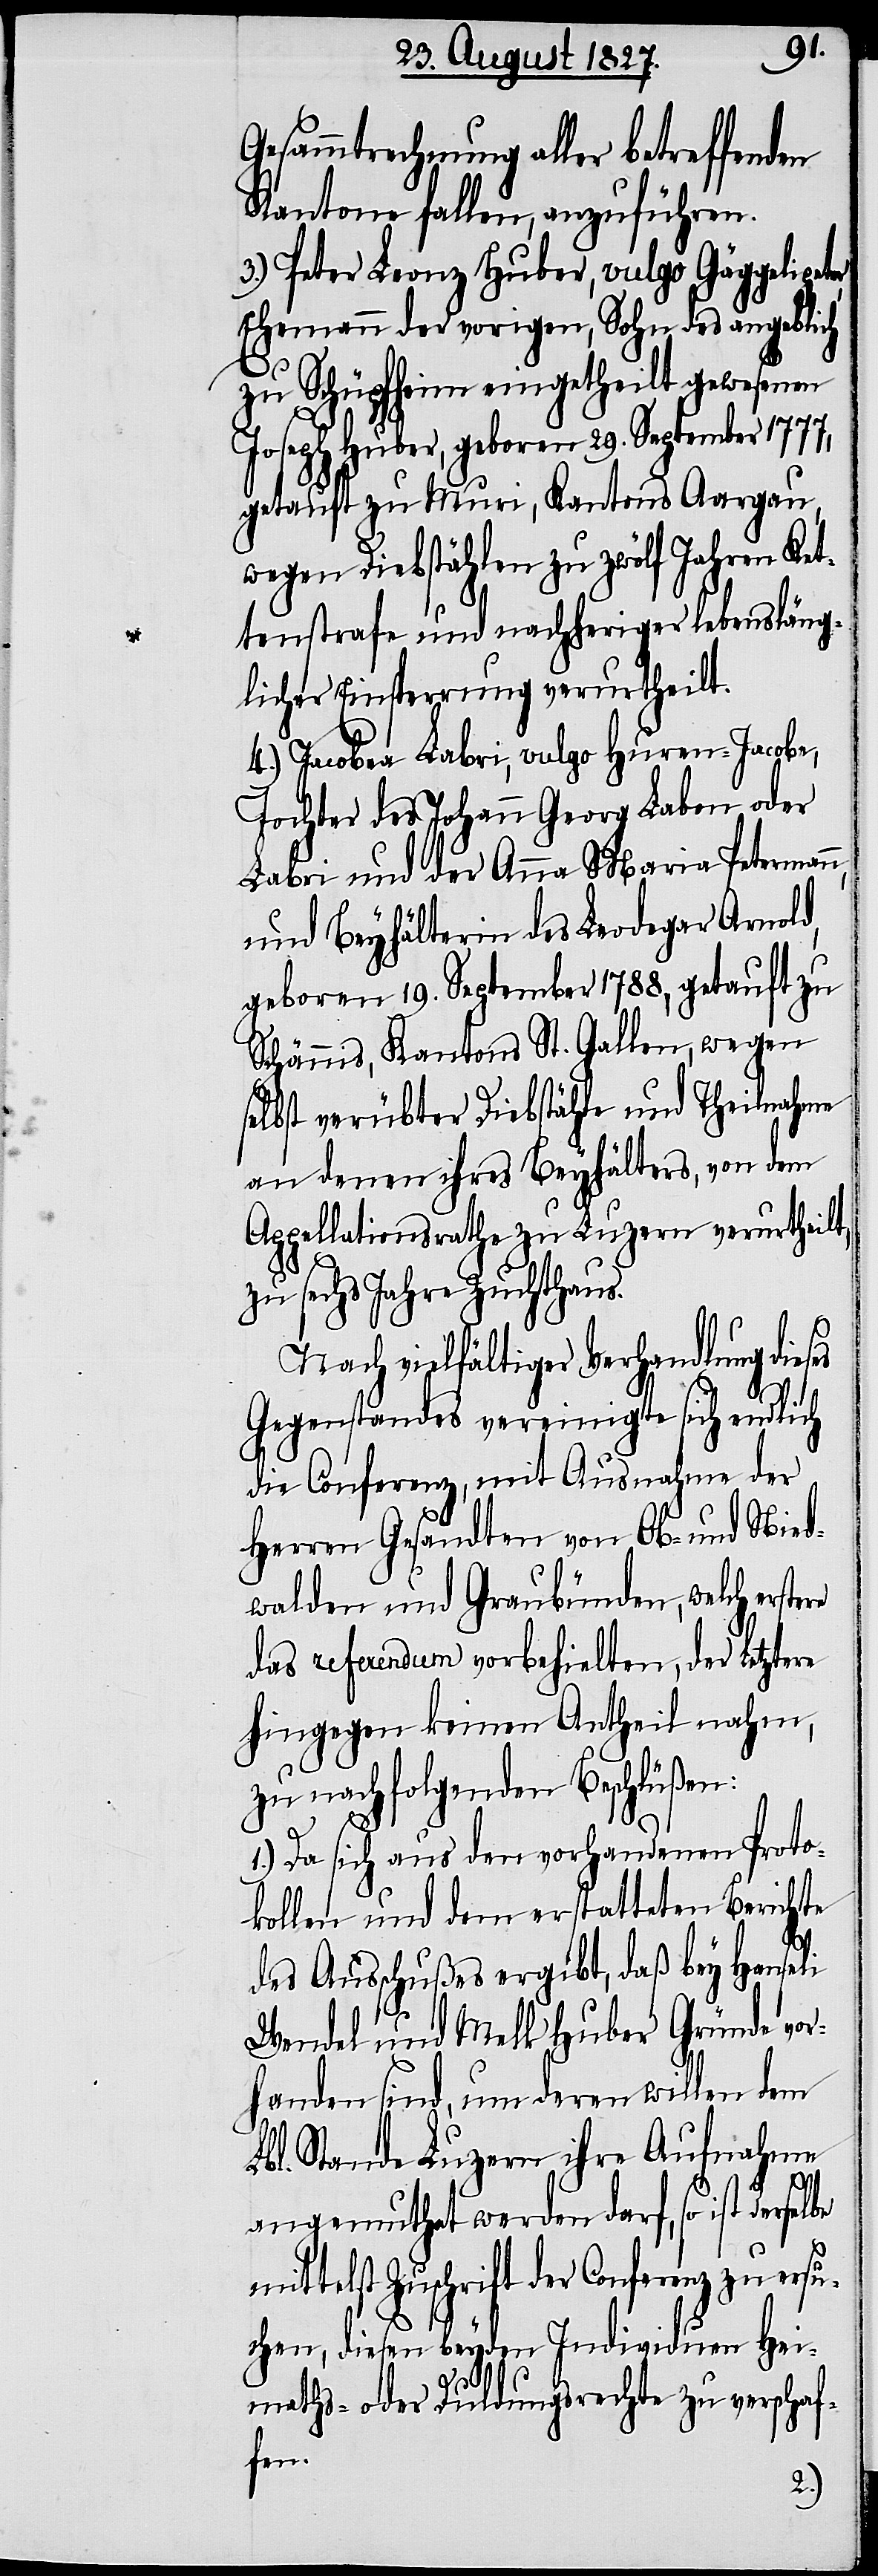
Gesammtrechnung aller betreffenden
Kantone fallen, anzuführen.
3.) Peter Leonz Huber, vulgo Gäggelipete¬
Ehemann der vorigen, Sohn des angeblich
zu Schüpfheim eingetheilt gewesenen
Joseph Huber, geboren 29. September 1777,
getauft zu Muri, Kantons Aargau,
wegen Diebstählen zu zwölf Jahren Ket¬
tenstrafe und nachheriger lebensläng¬
licher Einsperrung verurtheilt.
4.) Jacobea Labri, vulgo Huren-Jacobe,
Tochter des Johann Georg Laben oder
Labri und der Anna Maria Petermann,
und Beyhälterin des Leodegar Arnold,
geboren 19. September 1788, getauft zu
Schännis, Kantons St. Gallen, wegen
selbst verübter Diebstähle und Theilnahme
an denen ihres Beyhälters, von dem
Appellationsrathe zu Luzern verurtheilt,
re
zu sechs Jahre Zuchthaus.
Nach vielfältiger Verhandlung dieses
Gegenstandes vereinigte sich endlich
die Conferenz, mit Ausnahme der
Herren Gesandten von Ob- und Nied¬
walden und Graubünden, welch erste¬
das referendum vorbehielten, der Letztere
hingegen keinen Antheil nahm,
zu nachfolgenden Beschlüßen:
r,
1.) Da sich aus den vorhandenen Proto¬
kollen und dem erstatteten Berichte
des Ausschußes ergibt, daß bey Hanseli
Wendel und Melk Huber Gründe vor¬
handen sind, um deren willen dem
Lbl. Stande Luzern ihre Aufnahme
angemuthet werden darf, so ist derselbe
mittelst Zuschrift der Conferenz zu ersu¬
chen, diesen beyden Individuen Hei¬
maths- oder Duldungsrechte zu verschaf¬
fen.